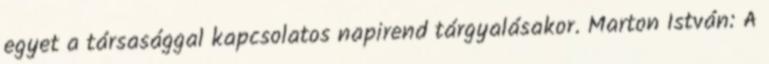
egyet a társasággal kapcsolatos napirend tárgyalásakor. Marton István: A